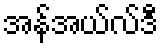
အန်အယ်လ်ဒီ